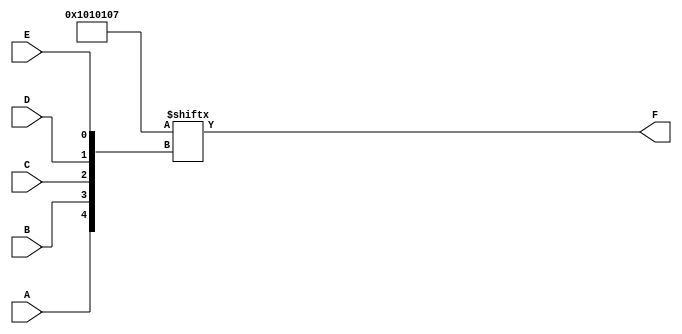
module five_variable_kmap (
    input wire A, B, C, D, E,  // 5 input variables
    output wire F              // Output variable
);

// K-map implementation
// 32 cells for 5 variables
// Define the K-map values (for example purposes, these should be set according to your specific needs)

// This array defines the output for each combination of A, B, C, D, E
// The indices represents the binary representation of the inputs A, B, C, D, E
reg [31:0] kmap;

initial begin
    // Example K-map initialization; adjust according to the desired output
    // For output F = 1 for cell combinations complying with set values in the K-map:
    // For example, let's set cells 0, 1, 2, 8, 16, and 24 (binary values for A B C D E)
    kmap[0]   = 1'b1; // (00000)
    kmap[1]   = 1'b1; // (00001)
    kmap[2]   = 1'b1; // (00010)
    kmap[3]   = 1'b0; // (00011)
    kmap[4]   = 1'b0; // (00100)
    kmap[5]   = 1'b0; // (00101)
    kmap[6]   = 1'b0; // (00110)
    kmap[7]   = 1'b0; // (00111)
    kmap[8]   = 1'b1; // (01000)
    kmap[9]   = 1'b0; // (01001)
    kmap[10]  = 1'b0; // (01010)
    kmap[11]  = 1'b0; // (01011)
    kmap[12]  = 1'b0; // (01100)
    kmap[13]  = 1'b0; // (01101)
    kmap[14]  = 1'b0; // (01110)
    kmap[15]  = 1'b0; // (01111)
    kmap[16]  = 1'b1; // (10000)
    kmap[17]  = 1'b0; // (10001)
    kmap[18]  = 1'b0; // (10010)
    kmap[19]  = 1'b0; // (10011)
    kmap[20]  = 1'b0; // (10100)
    kmap[21]  = 1'b0; // (10101)
    kmap[22]  = 1'b0; // (10110)
    kmap[23]  = 1'b0; // (10111)
    kmap[24]  = 1'b1; // (11000)
    kmap[25]  = 1'b0; // (11001)
    kmap[26]  = 1'b0; // (11010)
    kmap[27]  = 1'b0; // (11011)
    kmap[28]  = 1'b0; // (11100)
    kmap[29]  = 1'b0; // (11101)
    kmap[30]  = 1'b0; // (11110)
    kmap[31]  = 1'b0; // (11111)
end

// Output logic based on the K-map
assign F = kmap[{A, B, C, D, E}];

endmodule